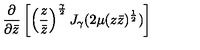
\left. \frac { \partial } { \partial \bar { z } } \left[ \left( \frac { z } { \bar { z } } \right) ^ { \frac { \gamma } { 2 } } J _ { \gamma } ( 2 \mu ( z \bar { z } ) ^ { \frac { 1 } { 2 } } ) \right] \right.